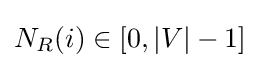
N_{R}(i)\in [0,|V|-1]